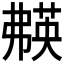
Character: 𬝱